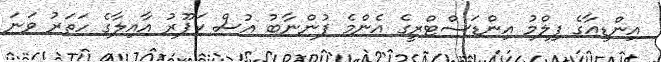
އިންޑިއާގެ ފިލްމު އިންޑަސްޓްރީގެ އެންމެ ފުންނާބު އުސް ކަޕޫރު އާއިލާގެ ހަތަރު ވަނަ